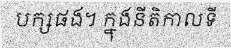
បក្សផង។ ក្នុងនីតិកាលទី